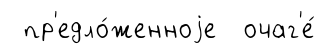
пр'едло́женноjе очаг'е́